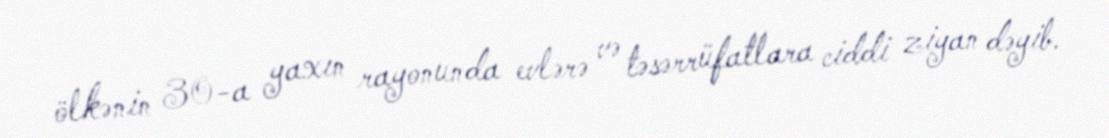
ölkənin 30-a yaxın rayonunda evlərə və təsərrüfatlara ciddi ziyan dəyib.